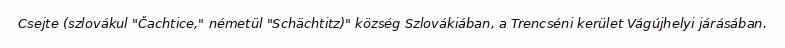
Csejte (szlovákul "Čachtice," németül "Schächtitz)" község Szlovákiában, a Trencséni kerület Vágújhelyi járásában.